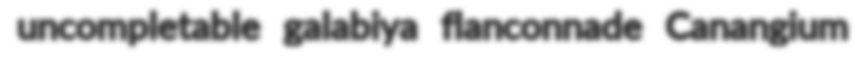
uncompletable galabiya flanconnade Canangium